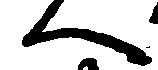
へ